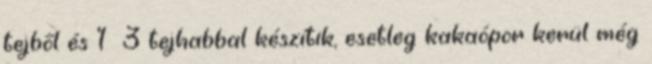
tejből és 1 3 tejhabbal készítik, esetleg kakaópor kerül még